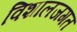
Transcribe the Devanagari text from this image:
विशालजगत